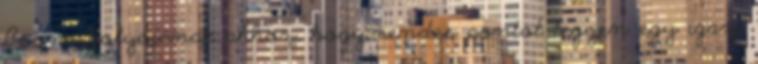
Boone golyójának ahhoz, hogy rendes pontot tegyen egy igazi